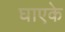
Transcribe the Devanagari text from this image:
घाएके